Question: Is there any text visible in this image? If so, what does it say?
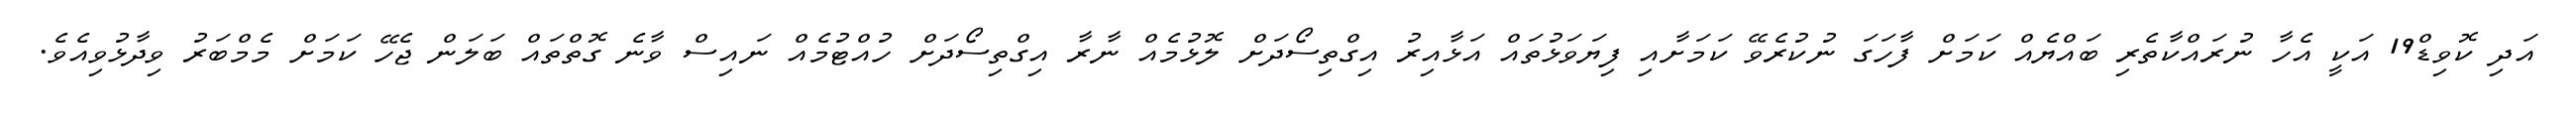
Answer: އަދި ކޮވިޑް19 އަކީ އެހާ ނުރައްކާތެރި ބައްޔެއް ކަމަށް ފާހަގަ ނުކުރެވޭ ކަމަށާއި ފިޔަވަޅުތައް އަޅާއިރު އިގްތިސޯދަށް ލޮޅުމެއް ނާރާ އިގްތިސޯދަށް ހުއްޓުމެއް ނައިސް ވާނެ ގޮތްތައް ބަލަން ޖެހޭ ކަމަށް މެމްބަރު ވިދާޅުވިއެވެ.